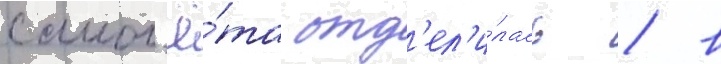
самол'ё́та отд'ел'и́лась / в